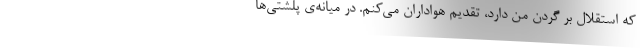
که استقلال بر گردن من دارد، تقدیم هواداران می‌کنم. در میانه‌ی پلشتی‌ها